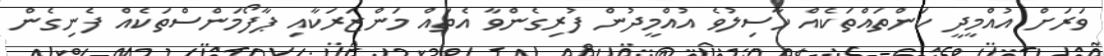
ވަރަށް އުއްމީދީ ކަންތައްތަކެއް ހާސިލުވެ އުއްމީދުން ފުރިގެންވާ އެތައް މަންޒަރަކާއި ޕާފޯމަންސްތަކެއް ފެނިގެން